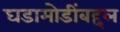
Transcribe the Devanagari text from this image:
घडामोडींबद्दल